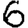
Digit: 6